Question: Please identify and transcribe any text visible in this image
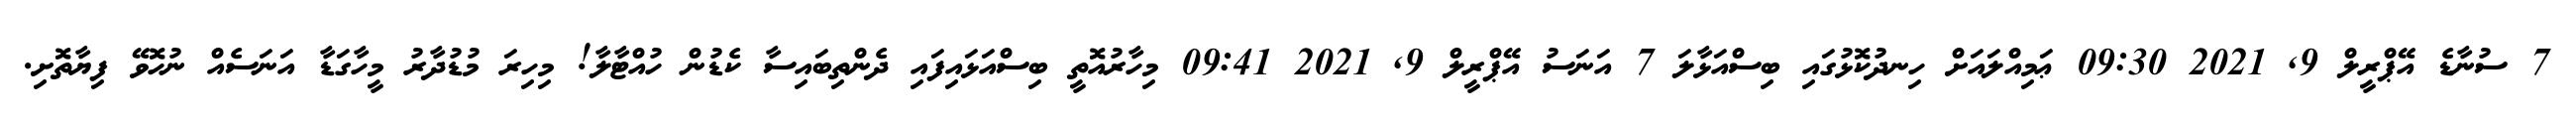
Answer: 7 ސުނާޑެ އޭޕްރީލް 9, 2021 09:30 ޢަމިއްލައަށް ހިނދުކޮޅުގައި ބިސްއަޅާލަ 7 އަނަސު އޭޕްރީލް 9, 2021 09:41 މިހާރުއޮތީ ބިސްއަޅައިފައި ދެންތިބައިސާ ކެޑުން ހުއްޓާލާ! މިހިރަ މުޑުދާރު މީހާގަޑާ އަނަސެއް ނުހޮވޭ ފިޔާތޮށި.